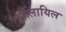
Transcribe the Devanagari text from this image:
चोलायिल